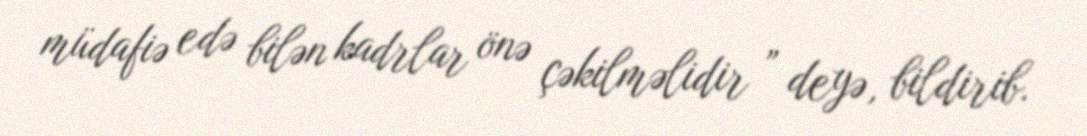
müdafiə edə bilən kadrlar önə çəkilməlidir ” deyə, bildirib.